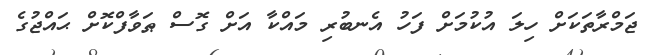
ޖަމްރާތަކަށް ހިލަ އުކުމަށް ފަހު އެނބުރި މައްކާ އަށް ގޮސް ޠަވާފްކޮށް ޙައްޖުގެ